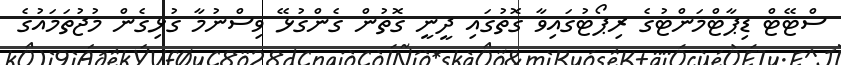
ސްޓޭޓް ޑިޕާޓްމަންޓުގެ ރިޕޯޓުގައިވާ ގޮތުގައި ދީނީ ގޮތުން ގެންގުޅޭ ވިސްނުމާ ގުޅިގެން މުޖުތަމައުގެ